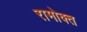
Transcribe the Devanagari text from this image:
रामोक्त